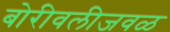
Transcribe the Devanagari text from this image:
बोरीवलीजवळ